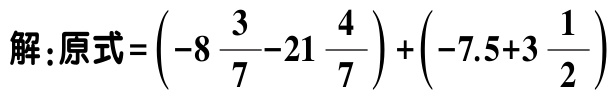
解：原式\(=\left(-8\frac{3}{7}-21\frac{4}{7}\right)+\left(-7.5 + 3\frac{1}{2}\right)\)